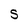
Character: S